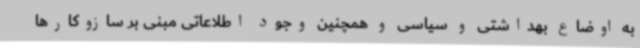
به اوضاع بهداشتی و سیاسی و همچنین وجود اطلاعاتی مبنی بر سازوکارها